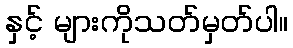
နှင့် များကိုသတ်မှတ်ပါ။